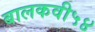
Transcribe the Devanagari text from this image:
बालकवी५४